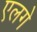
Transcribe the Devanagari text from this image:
एलगे